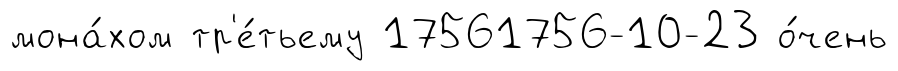
мона́хом тр'е́тьему 17561756-10-23 о́чень